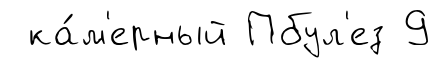
ка́м'ерный Пбул'ез 9